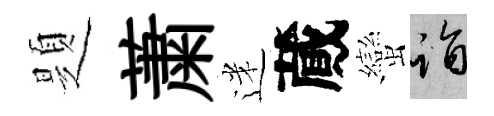
題䔥迷蕆蠻诣